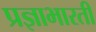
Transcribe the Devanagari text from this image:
प्रज्ञाभारती